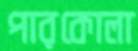
পারকোলা